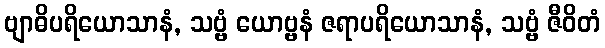
ဗျာဓိပရိယောသာနံ, သဗ္ဗံ ယောဗ္ဗနံ ဇရာပရိယောသာနံ, သဗ္ဗံ ဇီဝိတံ